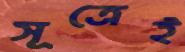
সূত্রেই